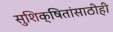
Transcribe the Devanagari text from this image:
सुशिक्षितांसाठीही